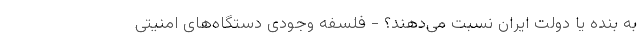
به بنده یا دولت ایران نسبت می‌دهند؟ - فلسفه وجودی دستگاه‌های امنیتی